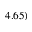
4 . 6 5 )